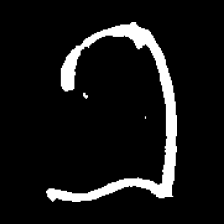
Pyu character \u2014 Myanmar letter: ခ (romanized: kha)